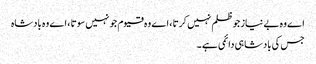
اے وہ بے نیاز جو ظلم نہیں کرتا ، اے وہ قیوم جو نہیں سوتا ، اے وہ بادشاہ
جس کی بادشاہی دائمی ہے ۔